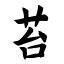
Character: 苔